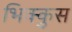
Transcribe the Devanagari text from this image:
भिक्कुस